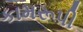
કામરૂપી